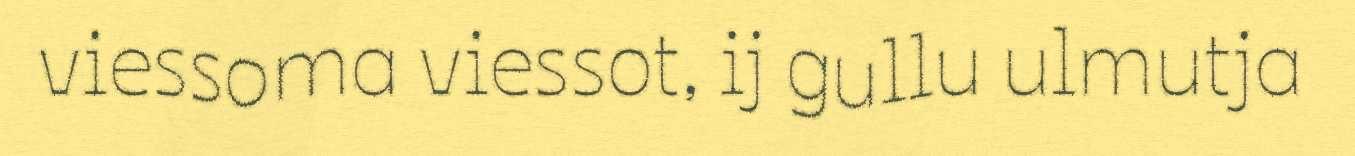
viessoma viessot, ij gullu ulmutja